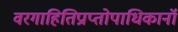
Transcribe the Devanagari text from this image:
वरगाहितिप्राप्तोपाधिकानॉ